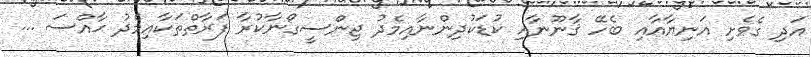
އަދި ގެވެށި އަނިޔާއާއި ބެހޭ ޤާނޫނާއި ކުޑަކުދިންނާއިމެދު ޖިންސީގޯނާކުރާ ފަރާތްތަކާއިމެދު ޙާއްސަ ...